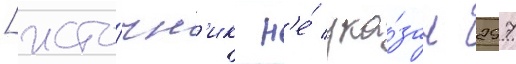
[исто́чн'ик н'е́ ука́зан 297